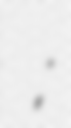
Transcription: غیاث آبادی;